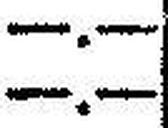
—.—